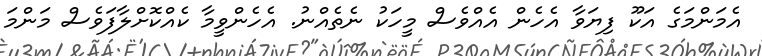
އެމަންމަގެ އަކޫ ފިޔަވާ އެހެން އެއްވެސް މީހަކު ނެތެއްނު. އެހެންވީމާ ކެއްކޮށްލާފަވެސް މަންމަ